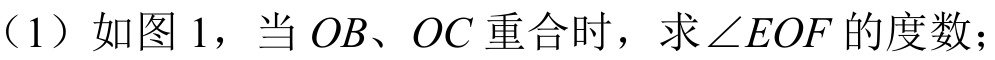
（1）如图1，当\(OB\)、\(OC\)重合时，求\(\angle EOF\)的度数；